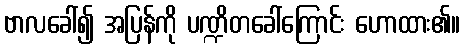
ဗာလခေါ်၍ အပြန်ကို ပဏ္ဍိတခေါ်ကြောင်း ဟောထား၏။